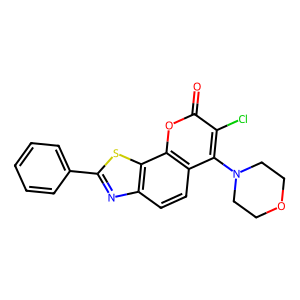
SMILES: O=c1oc2c(ccc3nc(-c4ccccc4)sc32)c(N2CCOCC2)c1Cl
Inhibits HIV replication: No